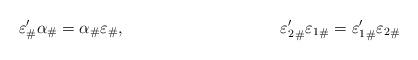
LaTeX: \begin{align*}\varepsilon'_\# \alpha_\# &= \alpha_\#\varepsilon_\#,&&&{\varepsilon_2'}_\# {\varepsilon_1}_\#&={\varepsilon_1'}_\#{\varepsilon_2}_\#\end{align*}